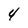
Character: 4